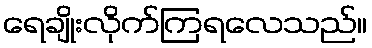
ရေချိုးလိုက်ကြရလေသည်။